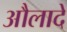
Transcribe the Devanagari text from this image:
औलादें